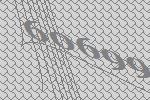
60699